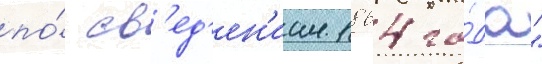
по́ св'ед'ен'иам 1864 го́да"